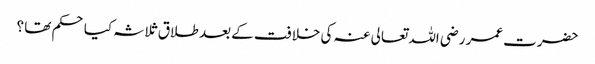
حضرت عمر رضی اللہ تعالی عنہ کی خلافت کے بعد طلاق ثلاثہ کیا حکم تھا ؟